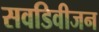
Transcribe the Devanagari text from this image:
सवडिवीजन